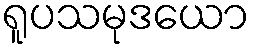
ရူပသမုဒယော